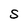
Character: S